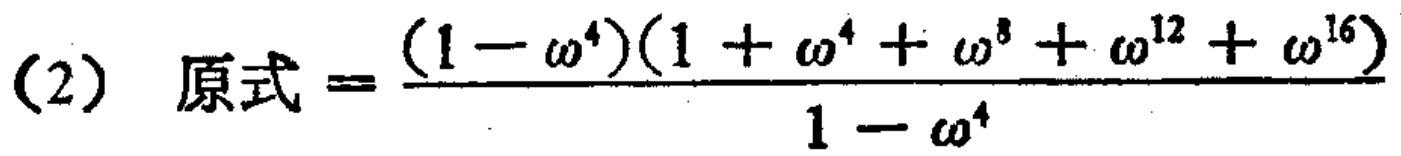
(2) 原式\(=\frac{(1 - \omega^{4})(1 + \omega^{4}+ \omega^{8}+ \omega^{12}+ \omega^{16})}{1 - \omega^{4}}\)